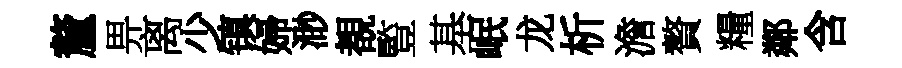
釐畀离少镇婦渺覩䜿基岷龙析澹贅糧鄰含